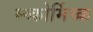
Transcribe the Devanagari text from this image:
म्च्कोर्मिच्क